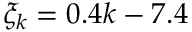
\xi _ { k } = 0 . 4 k - 7 . 4